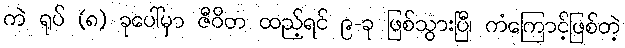
ကဲ ရုပ် (၈) ခုပေါ်မှာ ဇီဝိတ ထည့်ရင် ၉-ခု ဖြစ်သွားပြီ၊ ကံကြောင့်ဖြစ်တဲ့